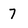
Character: 7